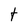
Character: t